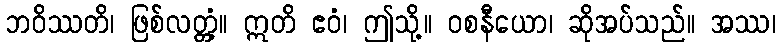
ဘဝိဿတိ၊ ဖြစ်လတ္တံ့။ ဣတိ ဧဝံ၊ ဤသို့။ ဝစနီယော၊ ဆိုအပ်သည်။ အဿ၊